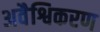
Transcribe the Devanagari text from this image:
अवैश्विकरण